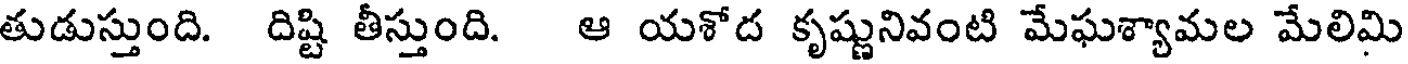
తుడుస్తుంది. దిష్టి తీస్తుంది. ఆ యశోద కృష్ణునివంటి మేఘశ్యామల మేలిమి